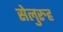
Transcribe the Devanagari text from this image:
सेलुरुह